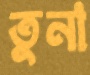
তুনা